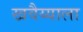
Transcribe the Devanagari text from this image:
खवैय्याला